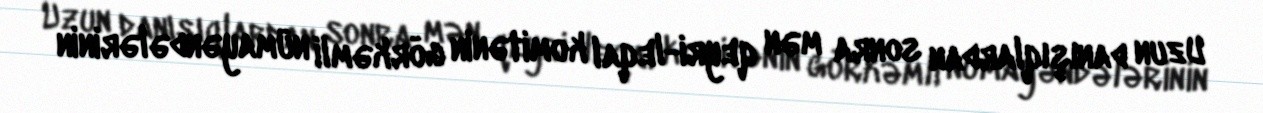
Uzun danışıqlardan sonra mən qeyri-leqal komitənin görkəmli nümayəndələrinin